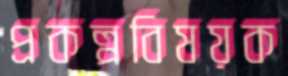
প্রকল্পবিষয়ক